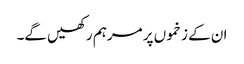
ان کے زخموں پر مرہم رکھیں گے۔